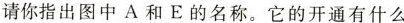
请你指出图中A和E的名称。它的开通有什么